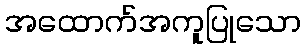
အထောက်အကူပြုသော